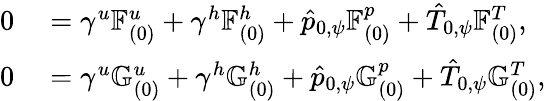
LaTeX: \begin{array}{rl}{0}&{{}=\gamma^{u}\mathbb{F}_{(0)}^{u}+\gamma^{h}\mathbb{F}_{(0)}^{h}+\hat{p}_{0,\psi}\mathbb{F}_{(0)}^{p}+\hat{T}_{0,\psi}\mathbb{F}_{(0)}^{T},}\\ {0}&{{}=\gamma^{u}\mathbb{G}_{(0)}^{u}+\gamma^{h}\mathbb{G}_{(0)}^{h}+\hat{p}_{0,\psi}\mathbb{G}_{(0)}^{p}+\hat{T}_{0,\psi}\mathbb{G}_{(0)}^{T},}\end{array}